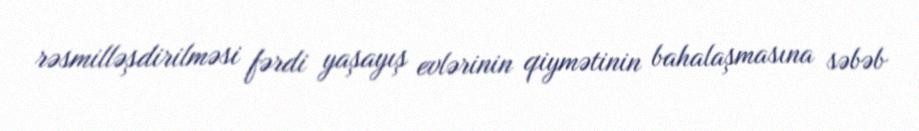
rəsmilləşdirilməsi fərdi yaşayış evlərinin qiymətinin bahalaşmasına səbəb